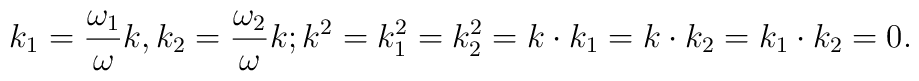
k_1={\omega_1\over\omega}k,k_2={\omega_2\over\omega}k;k^2=k_1^2=k_2^2=k\cdot k_1=k\cdot k_2=k_1\cdot k_2=0.